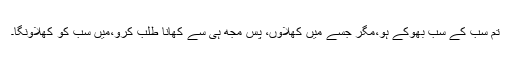
تم سب کے سب بھوکے ہو،مگر جسے میں کھلاؤں، پس مجھ ہی سے کھانا طلب کرو،میں سب کو کھلاؤنگا۔